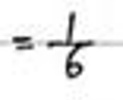
\(= \frac{1}{6}\)